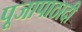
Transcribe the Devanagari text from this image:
पूजापाठादी